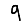
Digit: 9